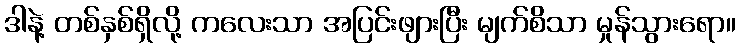
ဒါနဲ့ တစ်နှစ်ရှိလို့ ကလေးသာ အပြင်းဖျားပြီး မျက်စိသာ မှုန်သွားရော။